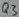
Text: Q3